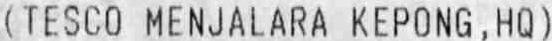
(TESCO MENJALARA KEPONG, HQ)